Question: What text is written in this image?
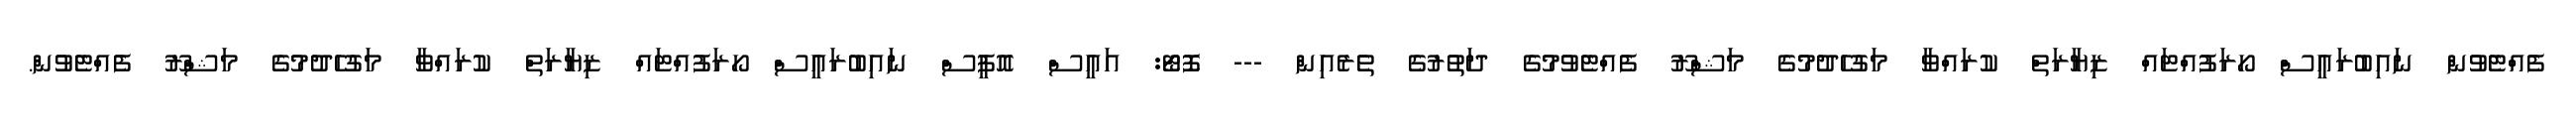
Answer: ފެއްޓެވުން ނައިބުރައީސް ހޯރަފުއްޓައް ޒިޔާރަތް ކުރައްވާ މަގުހެދުމުގެ މަޝްރޫ ފެއްޓެވުމުގެ ދަތުރުގެ ތެރެއިން --- ފޮޓޯ: އައީސް އޮފީސް ނައިބުރައީސް ހޯރަފުއްޓައް ޒިޔާރަތް ކުރައްވާ މަގުހެދުމުގެ މަޝްރޫ ފެއްޓެވުން.